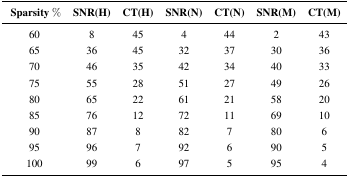
| Sparsity % | SNR(H) | CT(H) | SNR(N) | CT(N) | SNR(M) | CT(M) |
 | --- | --- | --- | --- | --- | --- | --- |
 | 60 | 8 | 45 | 4 | 44 | 2 | 43 |
 | 65 | 36 | 45 | 32 | 37 | 30 | 36 |
 | 70 | 46 | 35 | 42 | 34 | 40 | 33 |
 | 75 | 55 | 28 | 51 | 27 | 49 | 26 |
 | 80 | 65 | 22 | 61 | 21 | 58 | 20 |
 | 85 | 76 | 12 | 72 | 11 | 69 | 10 |
 | 90 | 87 | 8 | 82 | 7 | 80 | 6 |
 | 95 | 96 | 7 | 92 | 6 | 90 | 5 |
 | 100 | 99 | 6 | 97 | 5 | 95 | 4 |